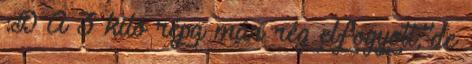
:D A 3 kiló répa már rég elfogyott, de